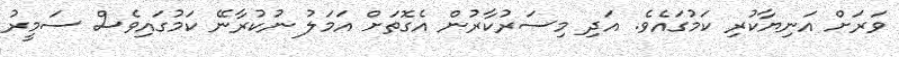
ވަރަށް އަނިޔާކުރި ކަމުގައެވެ. އަދި މިސަރުކާރުން އެގޮތަށް އަމަލު ނުކުރާނޭ ކަމުގައިވެސް ސަމީރު